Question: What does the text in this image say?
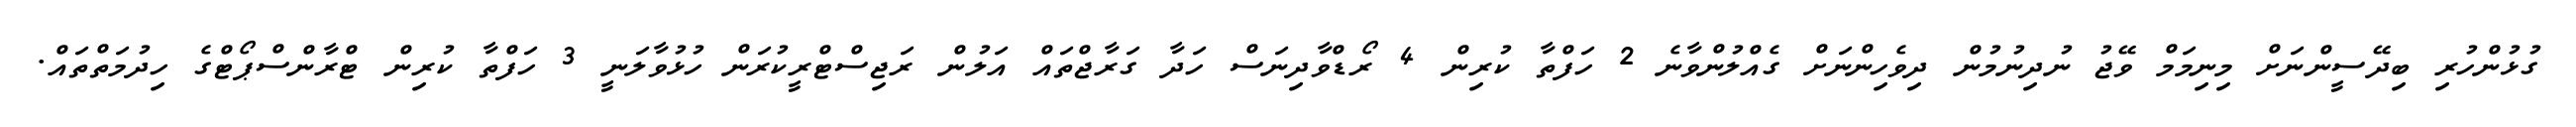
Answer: ގުޅުންހުރި ބިދޭސީންނަށް މިނިމަމް ވޭޖު ނުދިނުމުން ދިވެހިންނަށް ގެއްލުންވާނެ 2 ހަފްތާ ކުރިން 4 ރޯޑްވާދިނަސް ހަދާ ގަރާޖްތައް އަލުން ރަޖިސްޓްރީކުރަން ހުޅުވާލަނީ 3 ހަފްތާ ކުރިން ޓްރާންސްޕޯޓްގެ ހިދުމަތްތައް.